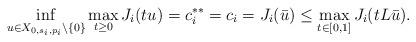
LaTeX: \begin{gather*}{\inf_{u \in X_{0,s_i,p_i} \setminus \{0\}} \max_{t \geq 0} J_i(tu)=c_i^{**}=c_i = J_i(\bar u)\leq \max_{t\in [0,1]} J_i(tL\bar u).}\end{gather*}